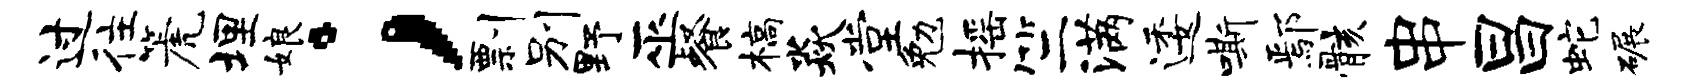
过往篪埋娘；剽别野巫餐槁焱堂勉摇竺满逶嘶鄢骸串昌蛇碾